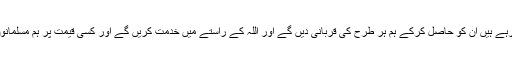
صرف نیت کرلیں کہ جن علوم کو ہم حاصل کررہے ہیں ان کو حاصل کرکے ہم ہر طرح کی قربانی دیں گے اور اللہ کے راستے میں خدمت کریں گے اور کسی قیمت پر ہم مسلمانوں کے ہاتھ سے ان کا ایمان جانے نہیں دیں گے۔